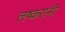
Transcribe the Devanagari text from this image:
लष्करांनी